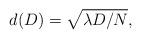
LaTeX: \begin{align*} d(D)=\sqrt{\lambda D/N},\end{align*}